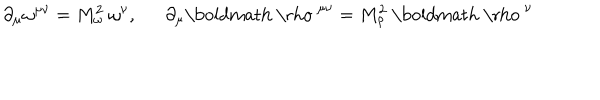
LaTeX: \partial _ { \mu } \omega ^ { \mu \nu } = M _ { \omega } ^ { 2 } ~ \omega ^ { \nu } , \partial _ { \mu } \mathrm { \boldmath ~ \ r h o ~ } ^ { \mu \nu } = M _ { \rho } ^ { 2 } ~ \mathrm { \boldmath ~ \ r h o ~ } ^ { \nu }